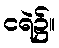
ငရဲ၌။